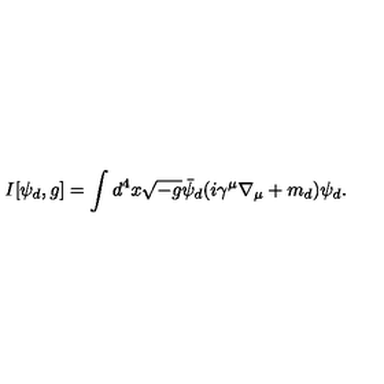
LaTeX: I [ \psi _ { d } , g ] = \int d ^ { 4 } x \sqrt { - g } \bar { \psi } _ { d } ( i \gamma ^ { \mu } \nabla _ { \mu } + m _ { d } ) \psi _ { d } .